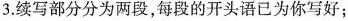
3.续写部分分为两段,每段的开头语已为你写好;